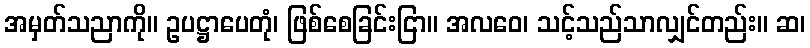
အမှတ်သညာကို။ ဥပဋ္ဌာပေတုံ၊ ဖြစ်စေခြင်းငြာ။ အလဝေ၊ သင့်သည်သာလျှင်တည်း။ ဆ၊